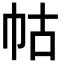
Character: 𭘖